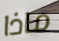
ماذا